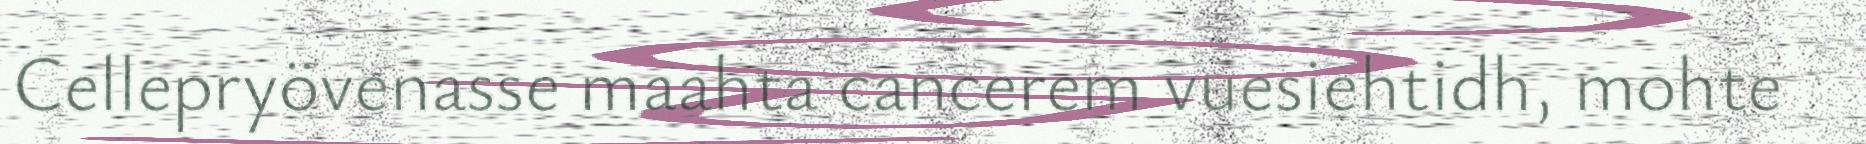
Cellepryövenasse maahta cancerem vuesiehtidh, mohte